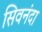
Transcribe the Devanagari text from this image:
सिवनंदा